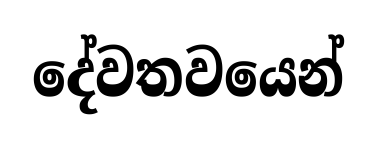
දේවතවයෙන්